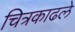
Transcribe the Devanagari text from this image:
चित्रकाढले